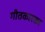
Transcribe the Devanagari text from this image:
गीतकारका